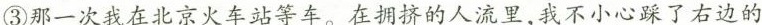
③那一次我在北京火车站等车。在拥挤的人流里，我不小心踩了右边的